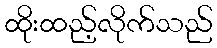
ထိုးထည့်လိုက်သည်